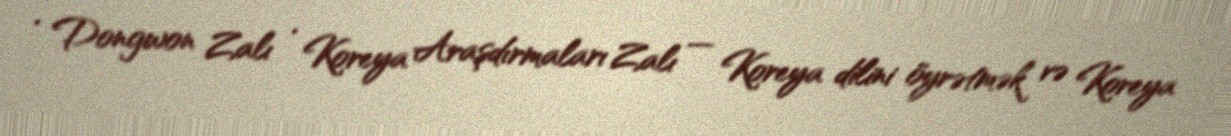
· Dongwon Zalı · Koreya Araşdırmaları Zalı — Koreya dilini öyrətmək və Koreya